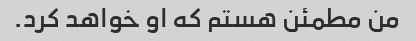
من مطمئن هستم که او خواهد کرد.